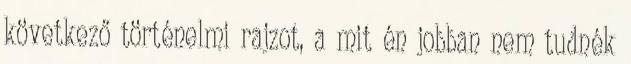
következő történelmi rajzot, a mit én jobban nem tudnék